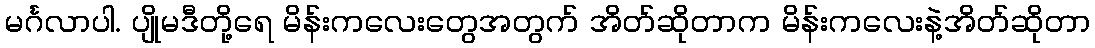
မင်္ဂလာပါ. ပျိုမဒီတို့ရေ မိန်းကလေးတွေအတွက် အိတ်ဆိုတာက မိန်းကလေးနဲ့အိတ်ဆိုတာ